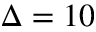
\Delta = 1 0